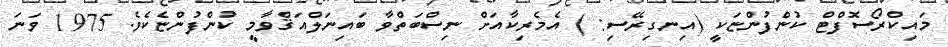
މައިކްރޯސޮފްޓް ކުންފުންޏަކީ (އިނގިރޭސި: ) އެމެރިކާއަށް ނިސްބަތްވާ ބައިނަލްއަޤްވާމީ ކުންފުންޏެކެވެ. 1975 ވަނަ